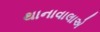
થાનાવાલાએ